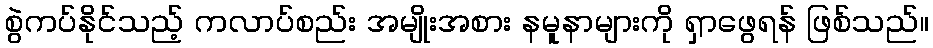
စွဲကပ်နိုင်သည့် ကလာပ်စည်း အမျိုးအစား နမူနာများကို ရှာဖွေရန် ဖြစ်သည်။